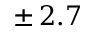
\pm \, 2 . 7